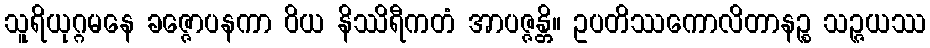
သူရိယုဂ္ဂမနေ ခဇ္ဇောပနကာ ဝိယ နိဿိရီကတံ အာပဇ္ဇန္တိ။ ဥပတိဿကောလိတာနဉ္စ သဉ္ဇယဿ